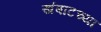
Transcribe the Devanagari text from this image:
खंबाटच्या